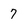
Character: 7